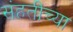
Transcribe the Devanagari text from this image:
संहतींच्या